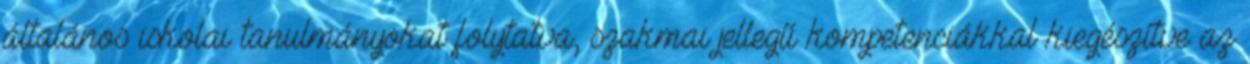
általános iskolai tanulmányokat folytatva, szakmai jellegű kompetenciákkal kiegészítve az